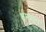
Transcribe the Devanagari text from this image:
क्षमताच